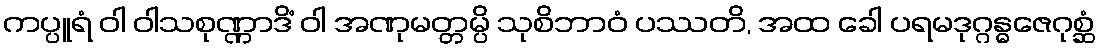
ကပ္ပူရံ ဝါ ဝါသစုဏ္ဏာဒိံ ဝါ အဏုမတ္တမ္ပိ သုစိဘာဝံ ပဿတိ, အထ ခေါ ပရမဒုဂ္ဂန္ဓဇေဂုစ္ဆံ